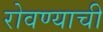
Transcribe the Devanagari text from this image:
रोवण्याची